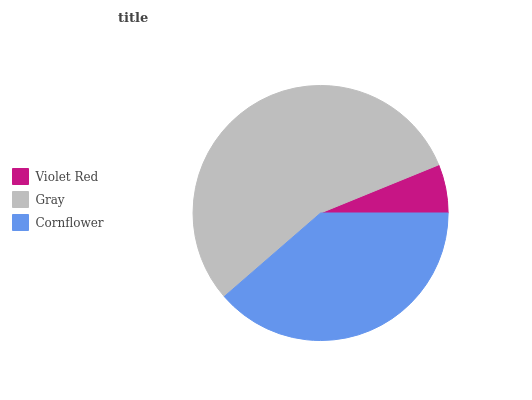
| Violet Red | Gray | Cornflower |
 | --- | --- | --- |
 | 6.16% | 55.2% | 38.7% |